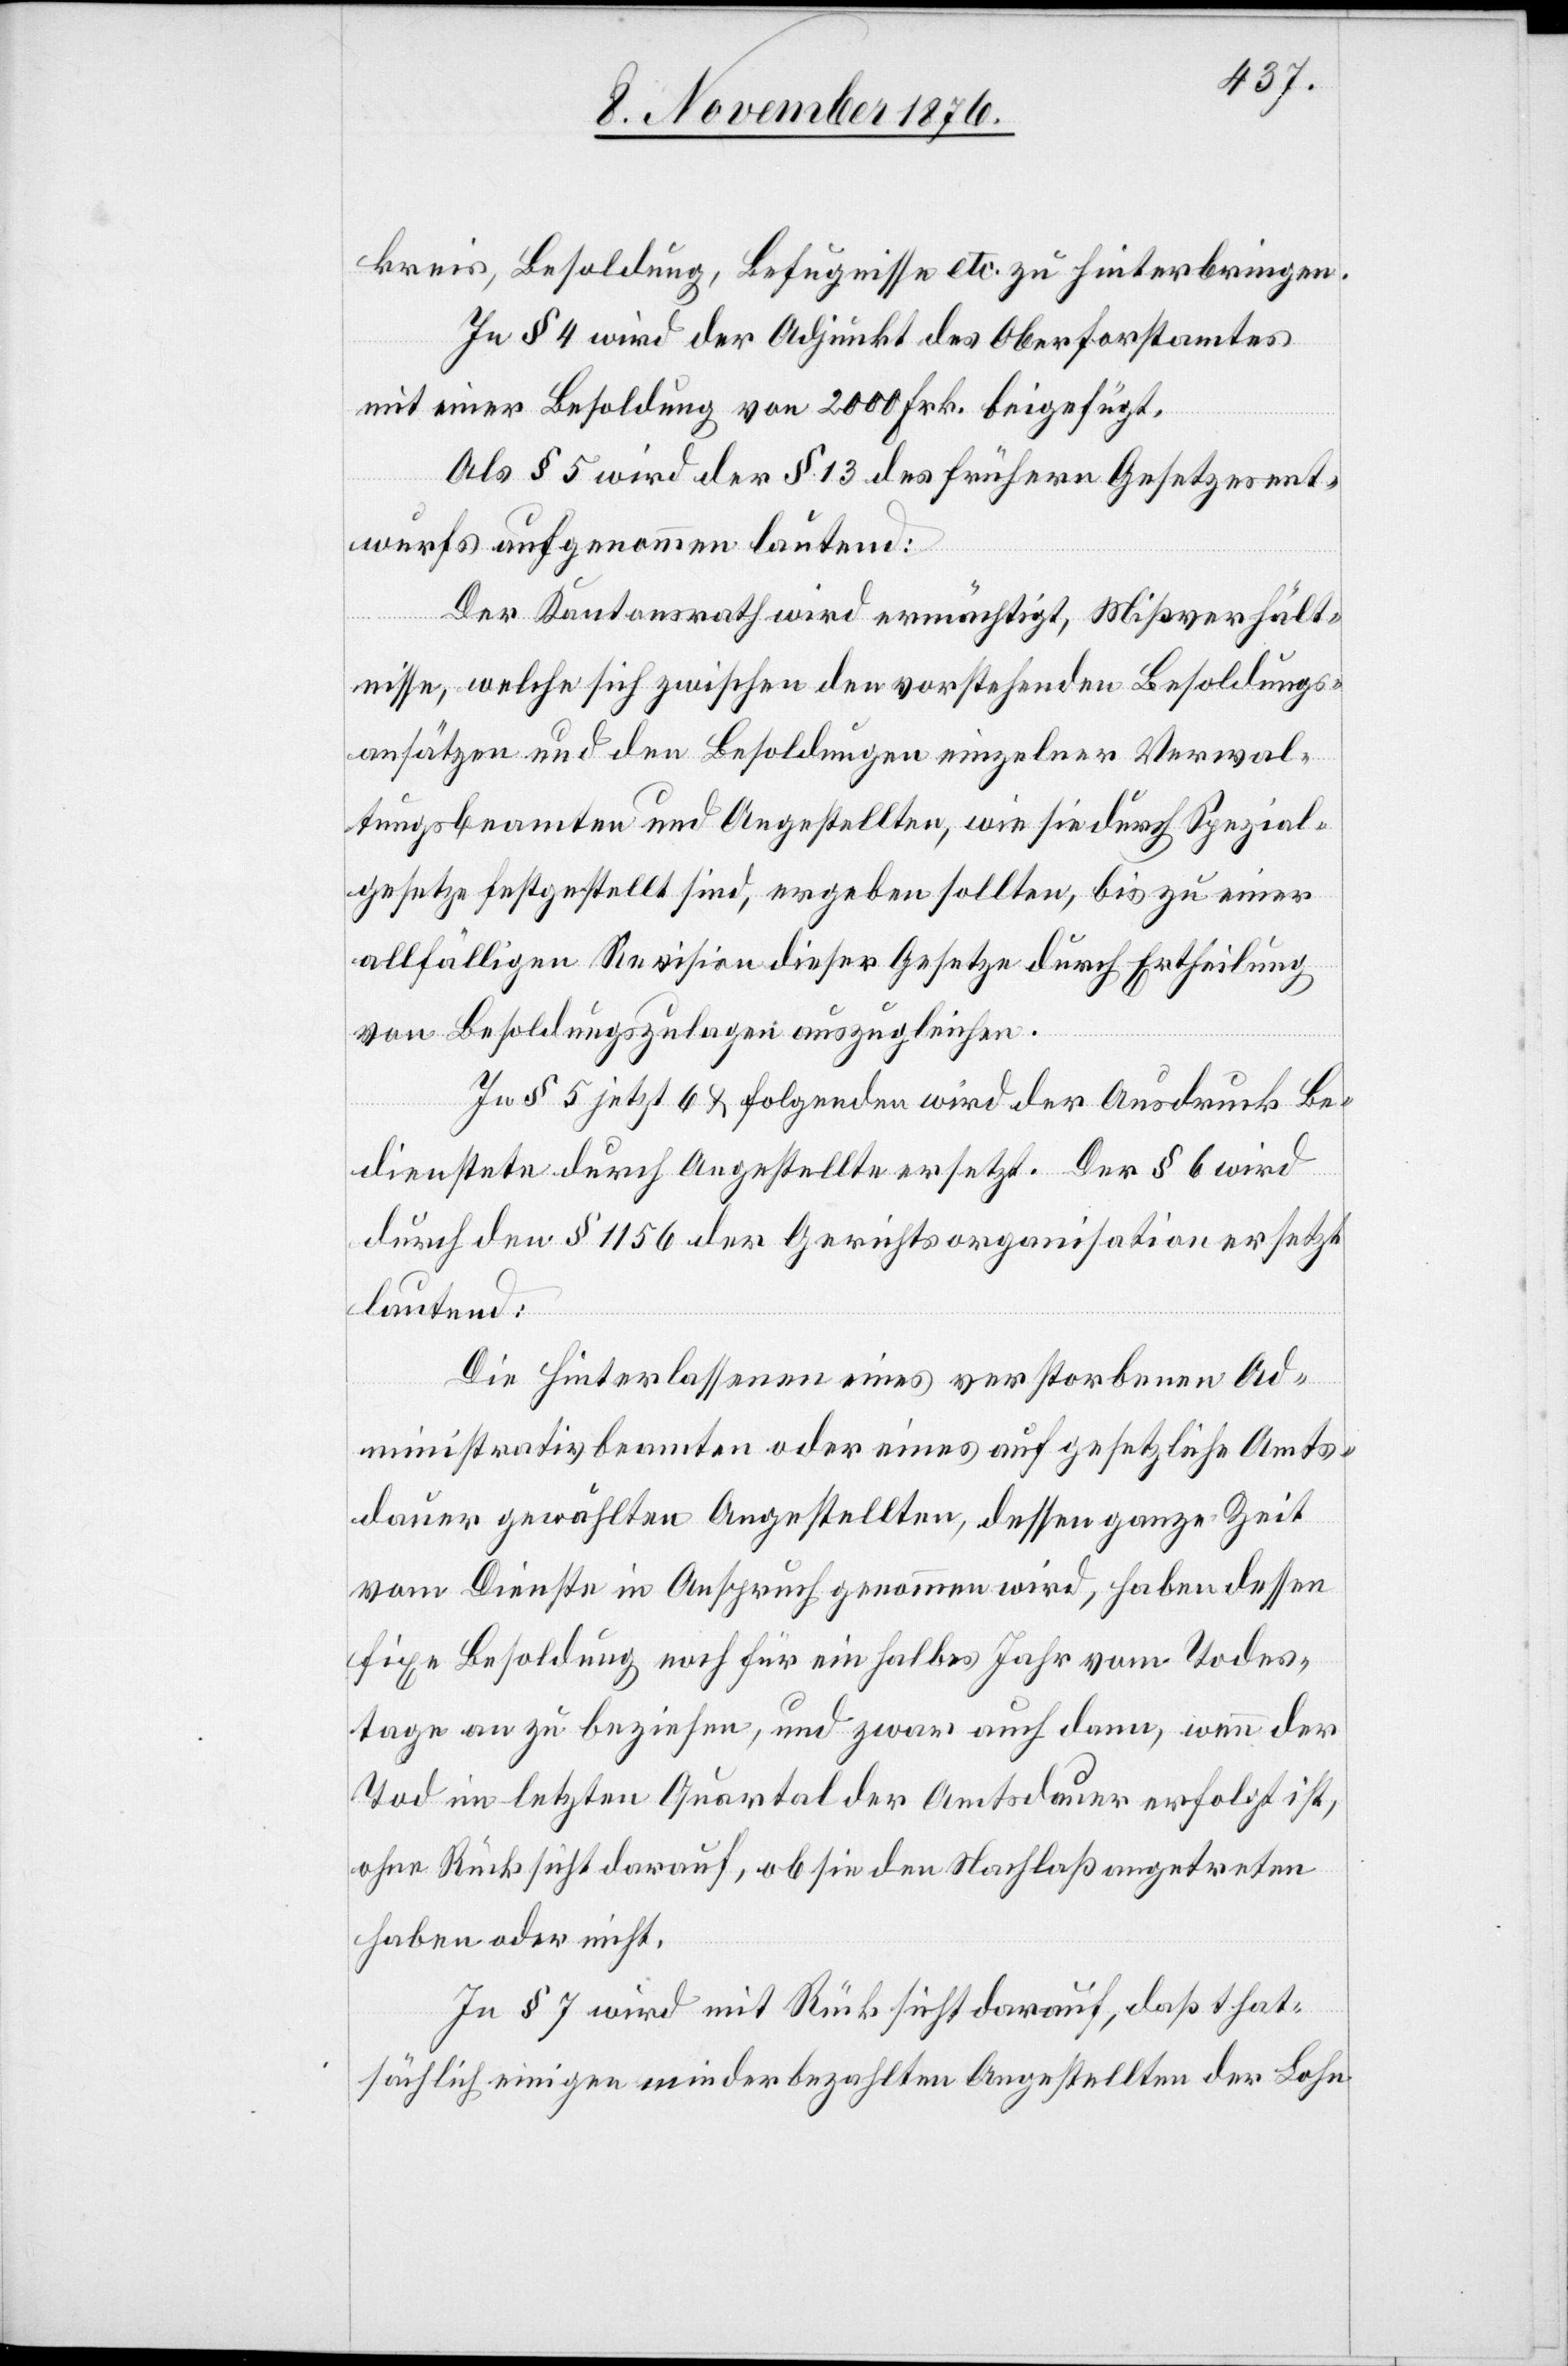
kreis, Besoldung, Befugnisse etc. zu hinterbringen.
In § 5 wird der § 13 des frühern Gesetzesent¬
wurfs aufgenommen lautend:
Der Kantonsrath wird ermächtigt, Mißverhält¬
nisse, welche sich zwischen den vorstehenden Besoldungs¬
ansätzen und den Besoldungen einzelner Verwal¬
tungsbeamten und Angestellten, wie sie durch Spezial¬
gesetze festgestellt sind, ergeben sollten, bis zu einer
allfälligen Revision dieser Gesetze durch Ertheilung
von Besoldungszulagen auszugleichen.
In § 5 jetzt 6 & folgenden wird der Ausdruck Be¬
dienstete durch Angestellte ersetzt. Der § 6 wird
durch den § 1156 der Gerichtsorganisation ersetzt
lautend:
Die Hinterlassenen eines verstorbenen Ad¬
ministrativbeamten oder eines auf gesetzliche Amts¬
dauer gewählten Angestellten, dessen ganze Zeit
vom Dienste in Anspruch genommen wird, haben dessen
fixe Besoldung noch für ein halbes Jahr vom Todes¬
tage an zu beziehen, und zwar auch dann, wenn der
Tod im letzten Quartal der Amtsdauer erfolgt ist,
ohne Rücksicht darauf, ob sie den Nachlaß angetreten
haben oder nicht.
In § 7 wird mit Rücksicht darauf, daß that¬
sächlich einigen minderbezahlten Angestellten der Lohn